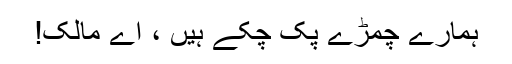
ہمارے چمڑے پک چکے ہیں ، اے مالک!